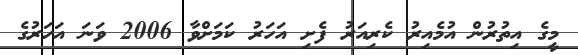
މީގެ އިތުރުން އުމެއިރު ކެރިއަރު ފެށި އަހަރު ކަމަށްވާ 2006 ވަނަ އަހަރުގެ